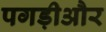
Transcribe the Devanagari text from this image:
पगड़ीऔर